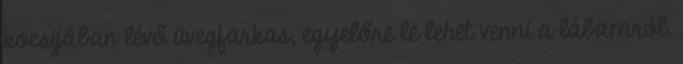
kocsijában lévő üvegfarkas, egyelőre le lehet venni a lábamról.